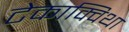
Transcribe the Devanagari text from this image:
टेकाक्विथा